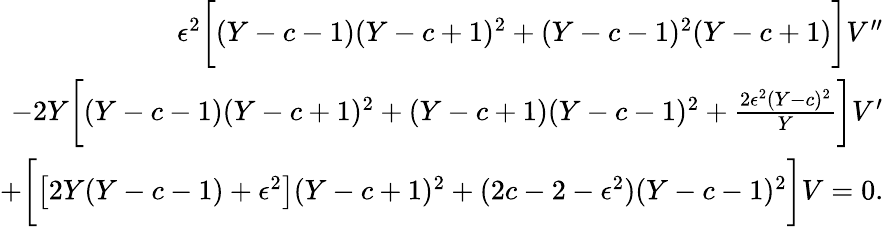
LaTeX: \begin{array}{r}{\epsilon^{2}\bigg[(Y-c-1)(Y-c+1)^{2}+(Y-c-1)^{2}(Y-c+1)\bigg]V^{\prime\prime}}\\ {-2Y\bigg[(Y-c-1)(Y-c+1)^{2}+(Y-c+1)(Y-c-1)^{2}+\frac{2\epsilon^{2}(Y-c)^{2}}{Y}\bigg]V^{\prime}}\\ {+\bigg[\big[2Y(Y-c-1)+\epsilon^{2}\big](Y-c+1)^{2}+(2c-2-\epsilon^{2})(Y-c-1)^{2}\bigg]V=0.}\end{array}